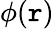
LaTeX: \phi(\mathtt{r})